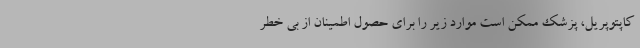
کاپتوپریل، پزشک ممکن است موارد زیر را برای حصول اطمینان از بی خطر